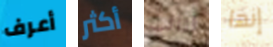
أعرف أكثر لنائب إنها